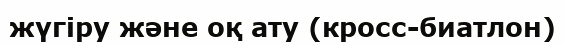
жүгіру және оқ ату (кросс-биатлон)